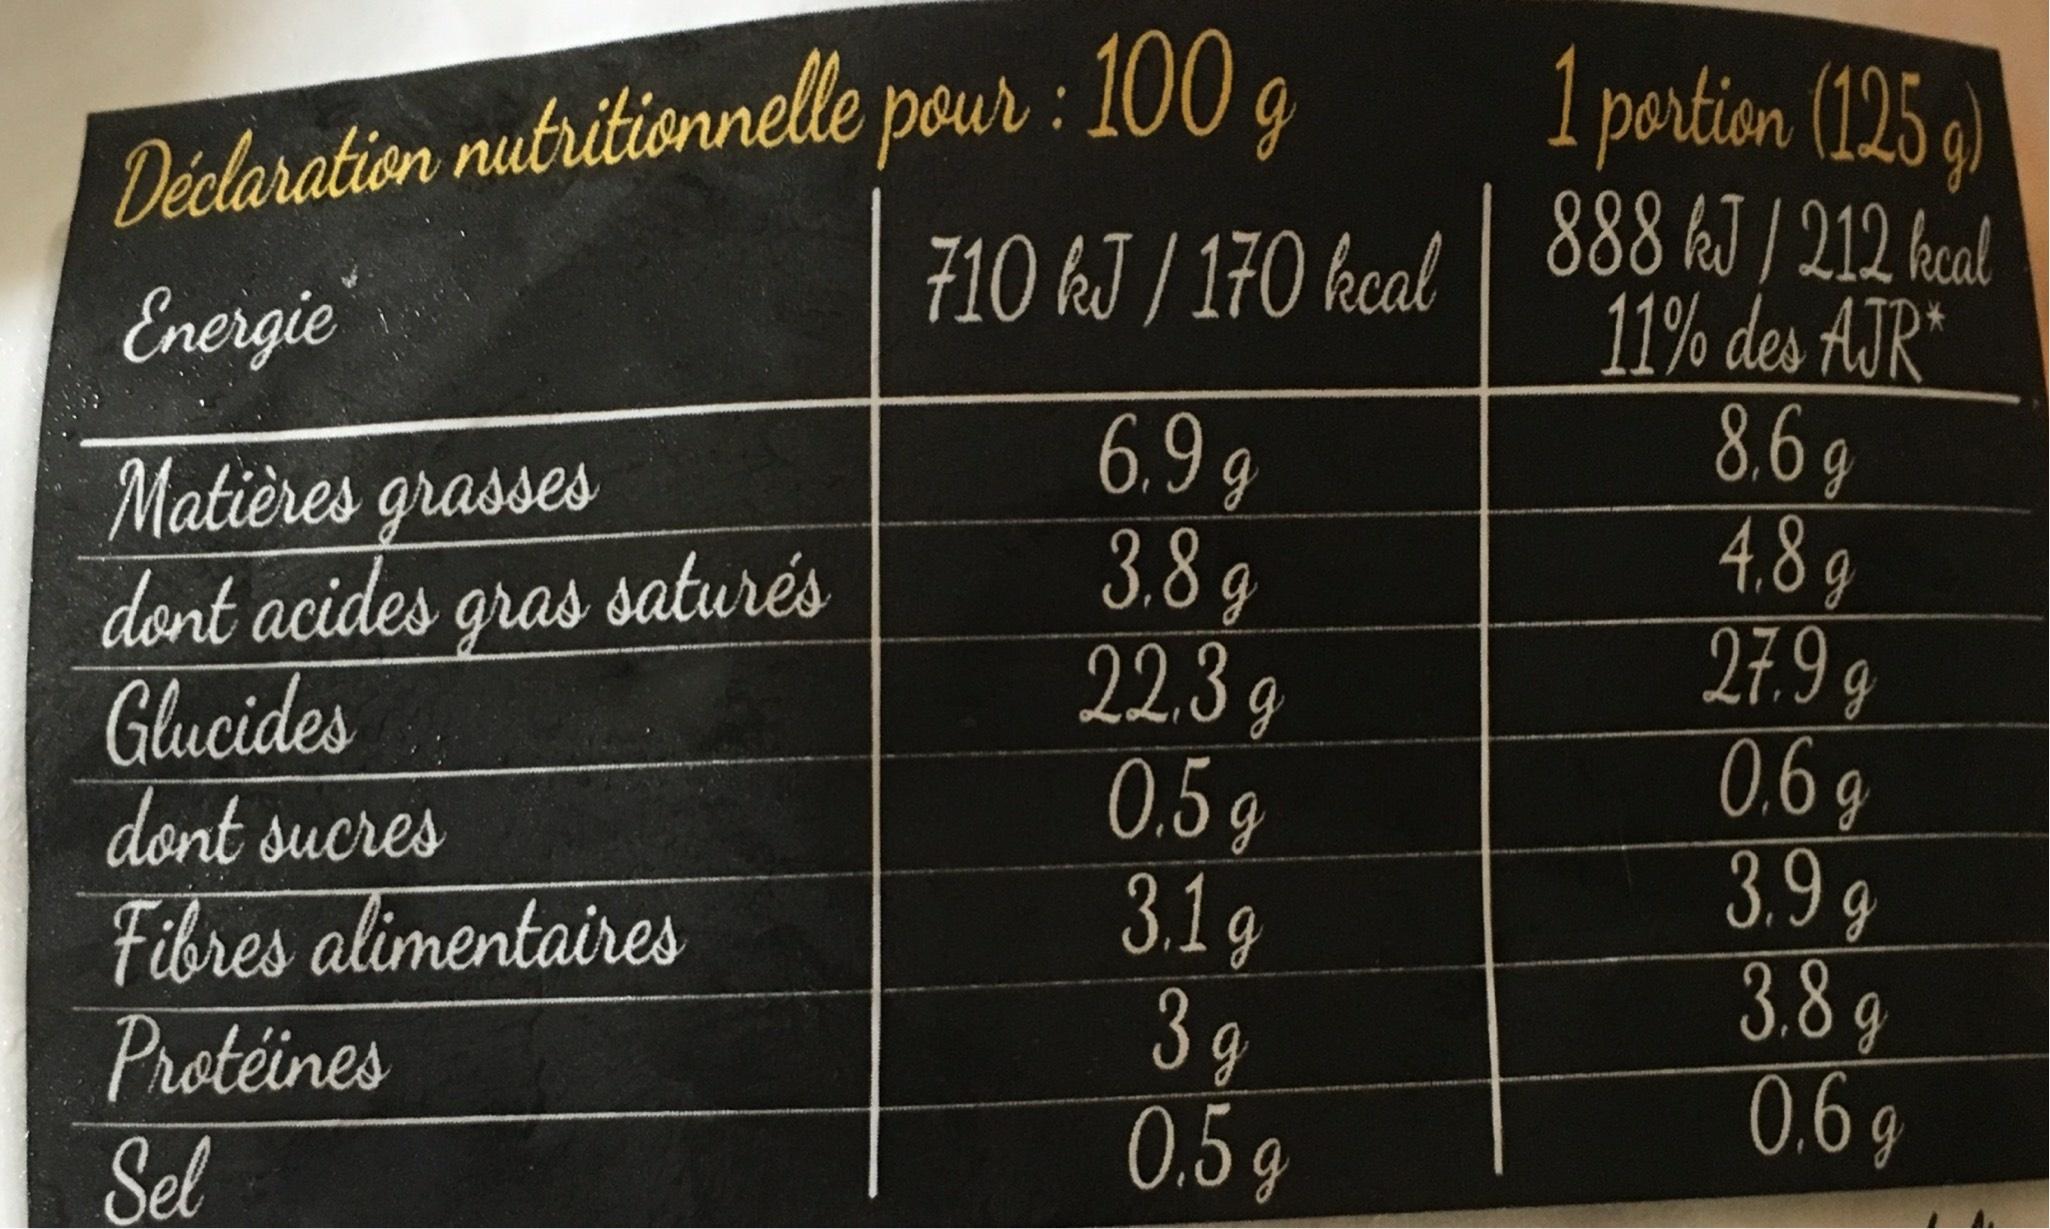
Déclaration nutritionnelle pour : 100 g
Energie
Matières grasses dont acides gras saturés
Glucides
dont sucres
Fibres alimentaires
Protéines
Sel
710 kJ / 170 kcal
6.9 g
3.8 g
22.3 g
0.5 g
3.1g
3g 0.5g
1 portion (125 g)
888 kJ / 212 kcal 11% des AJR* 8,6 g
4.8 g
27.9 g
0.6 g
3,9 g
3.8 g
0.6 g